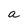
Character: a